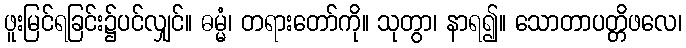
ဖူးမြင်ရခြင်း၌ပင်လျှင်။ ဓမ္မံ၊ တရားတော်ကို။ သုတွာ၊ နာရ၍။ သောတာပတ္တိဖလေ၊